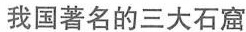
我国著名的三大石窟